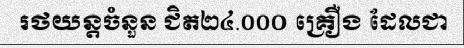
រថយន្តចំនួន ជិត២៤.០០០ គ្រឿង ដែលជា